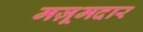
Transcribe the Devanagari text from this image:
मज़ूमदार